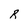
Character: R